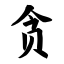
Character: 贪